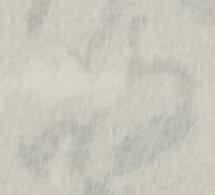
岐